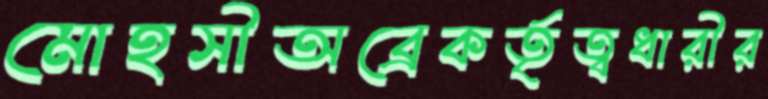
মোহসীঅব্রেকর্তৃত্বধারীর